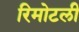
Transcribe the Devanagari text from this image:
रिमोटली